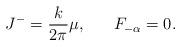
LaTeX: \begin{align*}J^{-}=\frac{k}{2\pi}\mu, \,\,\,\,\,\,\,\,\,\,F_{-\alpha}=0.\end{align*}